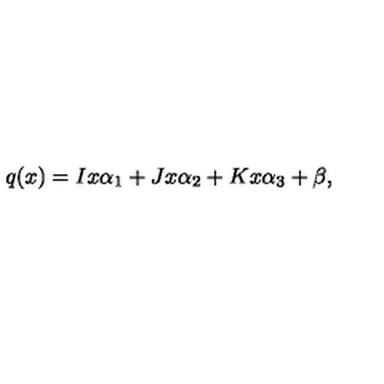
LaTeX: q ( x ) = I x \alpha _ { 1 } + J x \alpha _ { 2 } + K x \alpha _ { 3 } + \beta ,